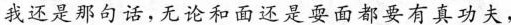
我还是那句话，无论和面还是耍面都要有真功夫，